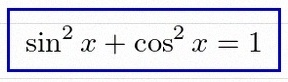
\sin^2x+\cos^2x=1